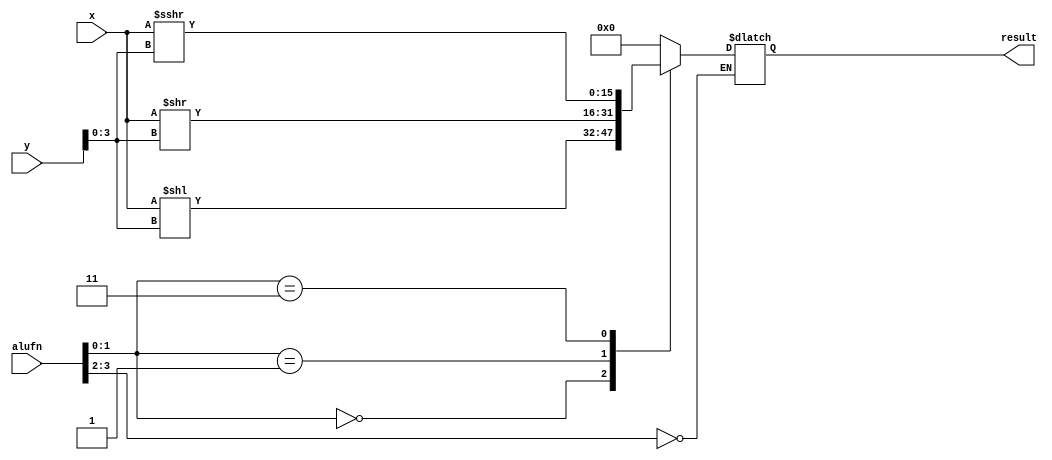
/*
   This file was generated automatically by Alchitry Labs version 1.2.7.
   Do not edit this file directly. Instead edit the original Lucid source.
   This is a temporary file and any changes made to it will be destroyed.
*/

module shifter16_18 (
    input [15:0] x,
    input [15:0] y,
    input [5:0] alufn,
    output reg [15:0] result
  );
  
  
  
  always @* begin
    
    case (alufn[2+1-:2])
      2'h0: begin
        
        case (alufn[0+1-:2])
          2'h0: begin
            result = x << y[0+3-:4];
          end
          2'h1: begin
            result = x >> y[0+3-:4];
          end
          2'h3: begin
            result = $signed(x) >>> y[0+3-:4];
          end
          default: begin
            result = 16'h0000;
          end
        endcase
      end
    endcase
  end
endmodule